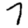
Digit: 7